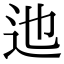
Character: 迆